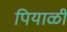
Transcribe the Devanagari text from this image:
पियाळी